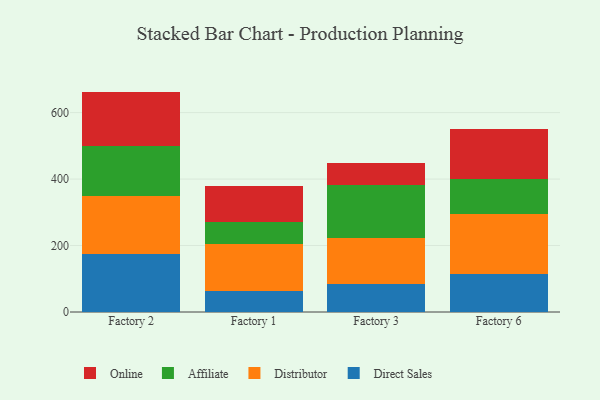
{"axis": {"x": "Factory", "y": "Backlog"}, "legend": ["Affiliate", "Direct Sales", "Distributor", "Online"], "data": [{"x": "Factory 2", "y": 175.7, "type": "Direct Sales"}, {"x": "Factory 2", "y": 174.3, "type": "Distributor"}, {"x": "Factory 2", "y": 148.5, "type": "Affiliate"}, {"x": "Factory 2", "y": 164.7, "type": "Online"}, {"x": "Factory 1", "y": 63.2, "type": "Direct Sales"}, {"x": "Factory 1", "y": 141.4, "type": "Distributor"}, {"x": "Factory 1", "y": 65.2, "type": "Affiliate"}, {"x": "Factory 1", "y": 110.5, "type": "Online"}, {"x": "Factory 3", "y": 84.8, "type": "Direct Sales"}, {"x": "Factory 3", "y": 136.8, "type": "Distributor"}, {"x": "Factory 3", "y": 161.6, "type": "Affiliate"}, {"x": "Factory 3", "y": 64.5, "type": "Online"}, {"x": "Factory 6", "y": 115.6, "type": "Direct Sales"}, {"x": "Factory 6", "y": 178.8, "type": "Distributor"}, {"x": "Factory 6", "y": 105.5, "type": "Affiliate"}, {"x": "Factory 6", "y": 150.9, "type": "Online"}]}